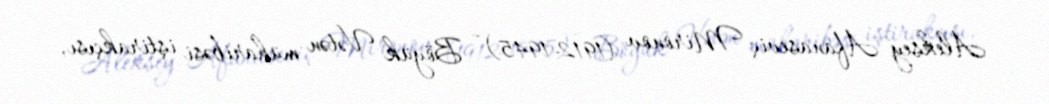
Aleksey Afanaseviç Mironov (1912-1945) - Böyük Vətən müharibəsi iştirakçısı,